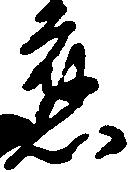
応